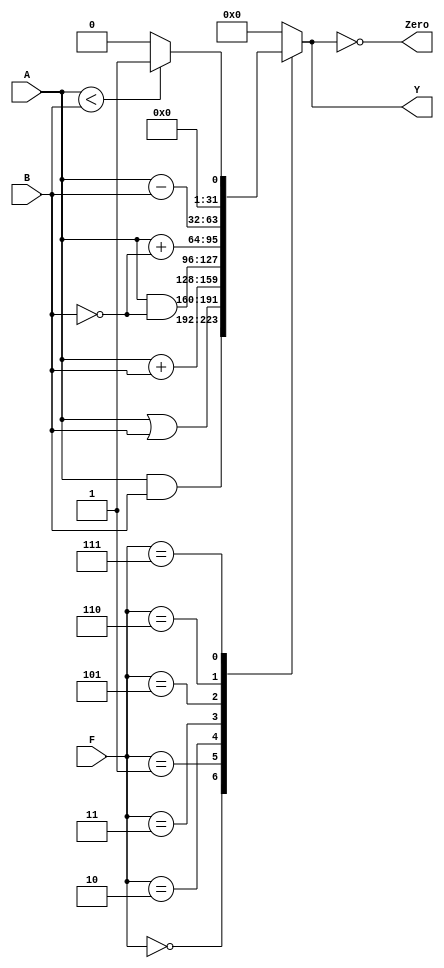
module alu_8(	input [31:0] A, B, 
            input [2:0] F, 
				output reg [31:0] Y, output Zero);
	always @ ( * )
		case (F[2:0])
			3'b000: Y <= A & B;
			3'b001: Y <= A | B;
			3'b010: Y <= A + B;
			3'b011: Y <= A & ~B;
			3'b101: Y <= A + ~B;
			3'b110: Y <= A - B;
			3'b111: Y <= A < B ? 1:0;
			default: Y <= 0; 
		endcase
	assign Zero = (Y == 32'b0);
endmodule